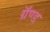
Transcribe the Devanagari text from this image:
ग्रॅण्ड